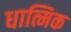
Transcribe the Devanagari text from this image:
धात्मिक